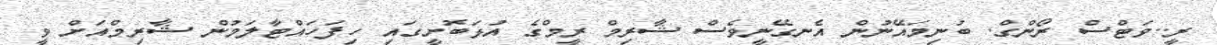
ރީ..ވަޓްސް ރޯންގް. ބުނިމައޭނުން އެނގޭނީވެސް ޝާރިމް ރީމްގެ އުޅަބޮށީގައި ހިފަހައްޓާލަމުން ޝާރިމްއަށް ވީ